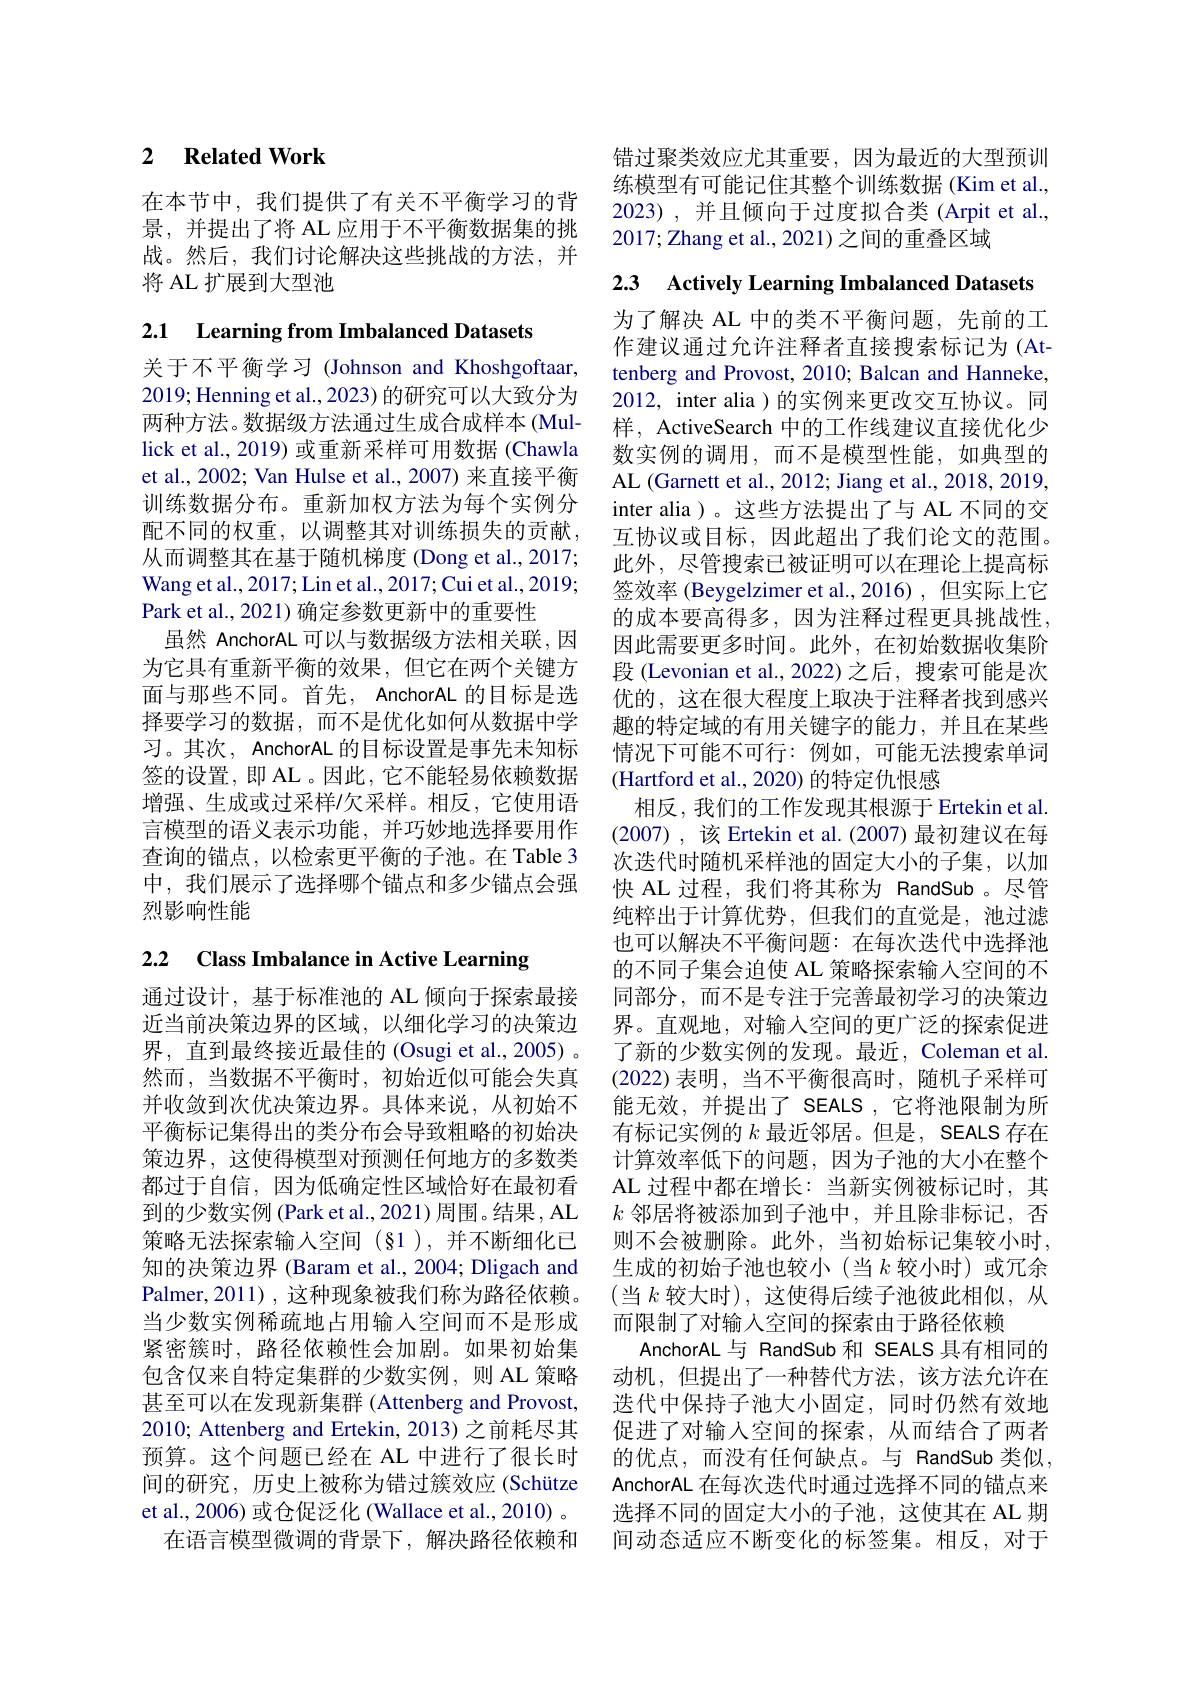
## 2 $\textbf{Related Work}$

在本节中，我们提供了有关不平衡学习的背景，并提出了将 AL 应用于不平衡数据集的挑战。然后，我们讨论解决这些挑战的方法，并将 AL 扩展到大型池

2.1 Learning from Imbalanced Datasets

关于不平衡学习 (Johnson and Khoshgoftaar, 2019;Henning et al., 2023) 的研究可以大致分为两种方法。数据级方法通过生成合成样本 (Mullick et al., 2019) 或重新采样可用数据 (Chawla et al., 2002; Van Hulse et al., 2007) 来直接平衡训练数据分布。重新加权方法为每个实例分配不同的权重，以调整其对训练损失的贡献， 从而调整其在基于随机梯度 (Dong et al., 2017; Wang et al., 2017; Lin et al., 2017; Cui et al., 2019; Park et al., 2021) 确定参数更新中的重要性
虽然 AnchorAL 可以与数据级方法相关联，因为它具有重新平衡的效果，但它在两个关键方面与那些不同。首先，AnchorAL 的目标是选择要学习的数据，而不是优化如何从数据中学习。其次，AnchorAL 的目标设置是事先未知标签的设置，即 AL。因此，它不能轻易依赖数据增强、生成或过采样/欠采样。相反，它使用语言模型的语义表示功能，并巧妙地选择要用作查询的锚点，以检索更平衡的子池。在 Table 3中，我们展示了选择哪个锚点和多少锚点会强烈影响性能

2.2 Class Imbalance in Active Learning

通过设计，基于标准池的 AL 倾向于探索最接近当前决策边界的区域，以细化学习的决策边界，直到最终接近最佳的 (Osugi et al., 2005) 。然而，当数据不平衡时，初始近似可能会失真并收敛到次优决策边界。具体来说，从初始不平衡标记集得出的类分布会导致粗略的初始决策边界，这使得模型对预测任何地方的多数类都过于自信，因为低确定性区域恰好在最初看到的少数实例(Park et al., 2021)周围。结果，AL 策略无法探索输入空间(§1),并不断细化已知的决策边界 (Baram et al., 2004; Dligach and Palmer,2011),这种现象被我们称为路径依赖。当少数实例稀疏地占用输入空间而不是形成紧密簇时，路径依赖性会加剧。如果初始集包含仅来自特定集群的少数实例，则 AL 策略甚至可以在发现新集群 (Attenberg and Provost, 2010; Attenberg and Ertekin, 2013) 之前耗尽其预算。这个问题已经在 AL 中进行了很长时间的研究，历史上被称为错过簇效应 (Schütze et al., 2006) 或仓促泛化 (Wallace et al., 2010) 。
在语言模型微调的背景下，解决路径依赖和

错过聚类效应尤其重要，因为最近的大型预训练模型有可能记住其整个训练数据(Kim et al., 2023),并且倾向于过度拟合类(Arpit et al., 2017; Zhang et al., 2021) 之间的重叠区域

2.3 Actively Learning Imbalanced Datasets

为了解决 AL 中的类不平衡问题，先前的工作建议通过允许注释者直接搜索标记为(Attenberg and Provost, 2010; Balcan and Hanneke, 2012, inter alia )的实例来更改交互协议。同样，ActiveSearch 中的工作线建议直接优化少数实例的调用，而不是模型性能，如典型的AL (Garnett et al., 2012; Jiang et al., 2018, 2019, inter alia )。这些方法提出了与 AL 不同的交互协议或目标，因此超出了我们论文的范围。此外，尽管搜索已被证明可以在理论上提高标签效率 (Beygelzimer et al.,2016) ,但实际上它的成本要高得多，因为注释过程更具挑战性， 因此需要更多时间。此外，在初始数据收集阶段 (Levonian et al., 2022) 之后，搜索可能是次优的，这在很大程度上取决于注释者找到感兴趣的特定域的有用关键字的能力，并且在某些情况下可能不可行：例如，可能无法搜索单词(Hartford et al., 2020) 的特定仇恨感
相反，我们的工作发现其根源于 Ertekin et al. (2007),该 Ertekin et al.(2007) 最初建议在每次迭代时随机采样池的固定大小的子集，以加快 AL 过程，我们将其称为 RandSub 。尽管纯粹出于计算优势，但我们的直觉是，池过滤也可以解决不平衡问题：在每次迭代中选择池的不同子集会迫使 AL 策略探索输人空间的不同部分，而不是专注于完善最初学习的决策边界。直观地，对输入空间的更广泛的探索促进了新的少数实例的发现。最近，Coleman et al. (2022)表明，当不平衡很高时，随机子采样可能无效，并提出了 SEALS ,它将池限制为所有标记实例的$k$最近邻居。但是，SEALS 存在计算效率低下的问题，因为子池的大小在整个AL 过程中都在增长：当新实例被标记时，其$k$邻居将被添加到子池中，并且除非标记，否则不会被删除。此外，当初始标记集较小时， 生成的初始子池也较小(当$k$较小时)或冗余(当$k$ 较大时),这使得后续子池彼此相似，从而限制了对输入空间的探索由于路径依赖
AnchorAL 与 RandSub 和 SEALS 具有相同的动机，但提出了一种替代方法，该方法允许在迭代中保持子池大小固定，同时仍然有效地促进了对输入空间的探索，从而结合了两者的优点，而没有任何缺点。与 RandSub 类似， AnchorAL 在每次迭代时通过选择不同的锚点来选择不同的固定大小的子池，这使其在 AL 期间动态适应不断变化的标签集。相反，对于